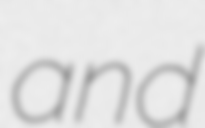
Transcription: and